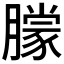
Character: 𬂓